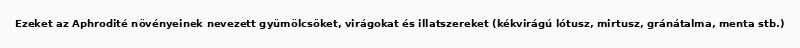
Ezeket az Aphrodité növényeinek nevezett gyümölcsöket, virágokat és illatszereket (kékvirágú lótusz, mirtusz, gránátalma, menta stb.)